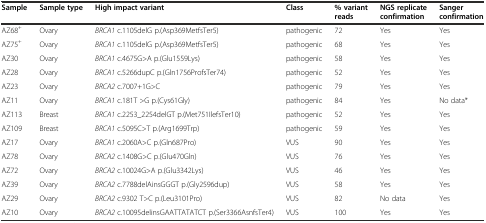
<table><thead><tr><td><b>Sample</b></td><td><b>Sample type</b></td><td><b>High impact variant</b></td><td><b>Class</b></td><td><b>% variant reads</b></td><td><b>NGS replicate confirmation</b></td><td><b>Sanger confirmation</b></td></tr></thead><tbody><tr><td>AZ68<sup>+</sup></td><td>Ovary</td><td><i>BRCA1</i> c.1105delG p.(Asp369MetfsTer5)</td><td>pathogenic</td><td>72</td><td>Yes</td><td>Yes</td></tr><tr><td>AZ75<sup>+</sup></td><td>Ovary</td><td><i>BRCA1</i> c.1105delG p.(Asp369MetfsTer5)</td><td>pathogenic</td><td>68</td><td>Yes</td><td>Yes</td></tr><tr><td>AZ30</td><td>Ovary</td><td><i>BRCA1</i> c.4675G&gt;A p.(Glu1559Lys)</td><td>pathogenic</td><td>58</td><td>Yes</td><td>Yes</td></tr><tr><td>AZ28</td><td>Ovary</td><td><i>BRCA1</i> c.5266dupC p.(Gln1756ProfsTer74)</td><td>pathogenic</td><td>52</td><td>Yes</td><td>Yes</td></tr><tr><td>AZ23</td><td>Ovary</td><td><i>BRCA2</i> c.7007+1G&gt;C</td><td>pathogenic</td><td>79</td><td>Yes</td><td>Yes</td></tr><tr><td>AZ11</td><td>Ovary</td><td><i>BRCA1</i> c.181T &gt;G p.(Cys61Gly)</td><td>pathogenic</td><td>84</td><td>Yes</td><td>No data*</td></tr><tr><td>AZ113</td><td>Breast</td><td><i>BRCA1</i> c.2253_2254delGT p.(Met751IlefsTer10)</td><td>pathogenic</td><td>52</td><td>Yes</td><td>Yes</td></tr><tr><td>AZ109</td><td>Breast</td><td><i>BRCA1</i> c.5095C&gt;T p.(Arg1699Trp)</td><td>pathogenic</td><td>59</td><td>Yes</td><td>Yes</td></tr><tr><td>AZ17</td><td>Ovary</td><td><i>BRCA1</i> c.2060A&gt;C p.(Gln687Pro)</td><td>VUS</td><td>90</td><td>Yes</td><td>Yes</td></tr><tr><td>AZ78</td><td>Ovary</td><td><i>BRCA2</i> c.1408G&gt;C p.(Glu470Gln)</td><td>VUS</td><td>76</td><td>Yes</td><td>Yes</td></tr><tr><td>AZ72</td><td>Ovary</td><td><i>BRCA2</i> c.10024G&gt;A p.(Glu3342Lys)</td><td>VUS</td><td>46</td><td>Yes</td><td>Yes</td></tr><tr><td>AZ39</td><td>Ovary</td><td><i>BRCA2</i> c.7788delAinsGGGT p.(Gly2596dup)</td><td>VUS</td><td>58</td><td>Yes</td><td>Yes</td></tr><tr><td>AZ29</td><td>Ovary</td><td><i>BRCA2</i> c.9302 T&gt;C p.(Leu3101Pro)</td><td>VUS</td><td>82</td><td>No data</td><td>Yes</td></tr><tr><td>AZ10</td><td>Ovary</td><td><i>BRCA2</i> c.10095delinsGAATTATATCT p.(Ser3366AsnfsTer4)</td><td>VUS</td><td>100</td><td>Yes</td><td>Yes</td></tr></tbody></table>